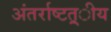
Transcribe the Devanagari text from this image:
अंतर्राष्‍टत्र्ीय